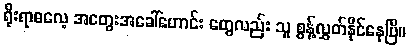
ရိုးရာဓလေ့ အတွေးအခေါ်ဟောင်း တွေလည်း သူ စွန့်လွှတ်နိုင်နေပြီ။